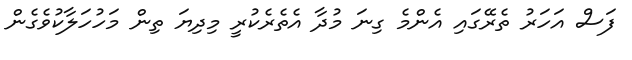
ފަސް އަހަރު ތެރޭގައި އެންމެ ގިނަ މުދާ އެތެރެކުރީ މިދިޔަ ތިން މަހުހަލާކުވެގެން